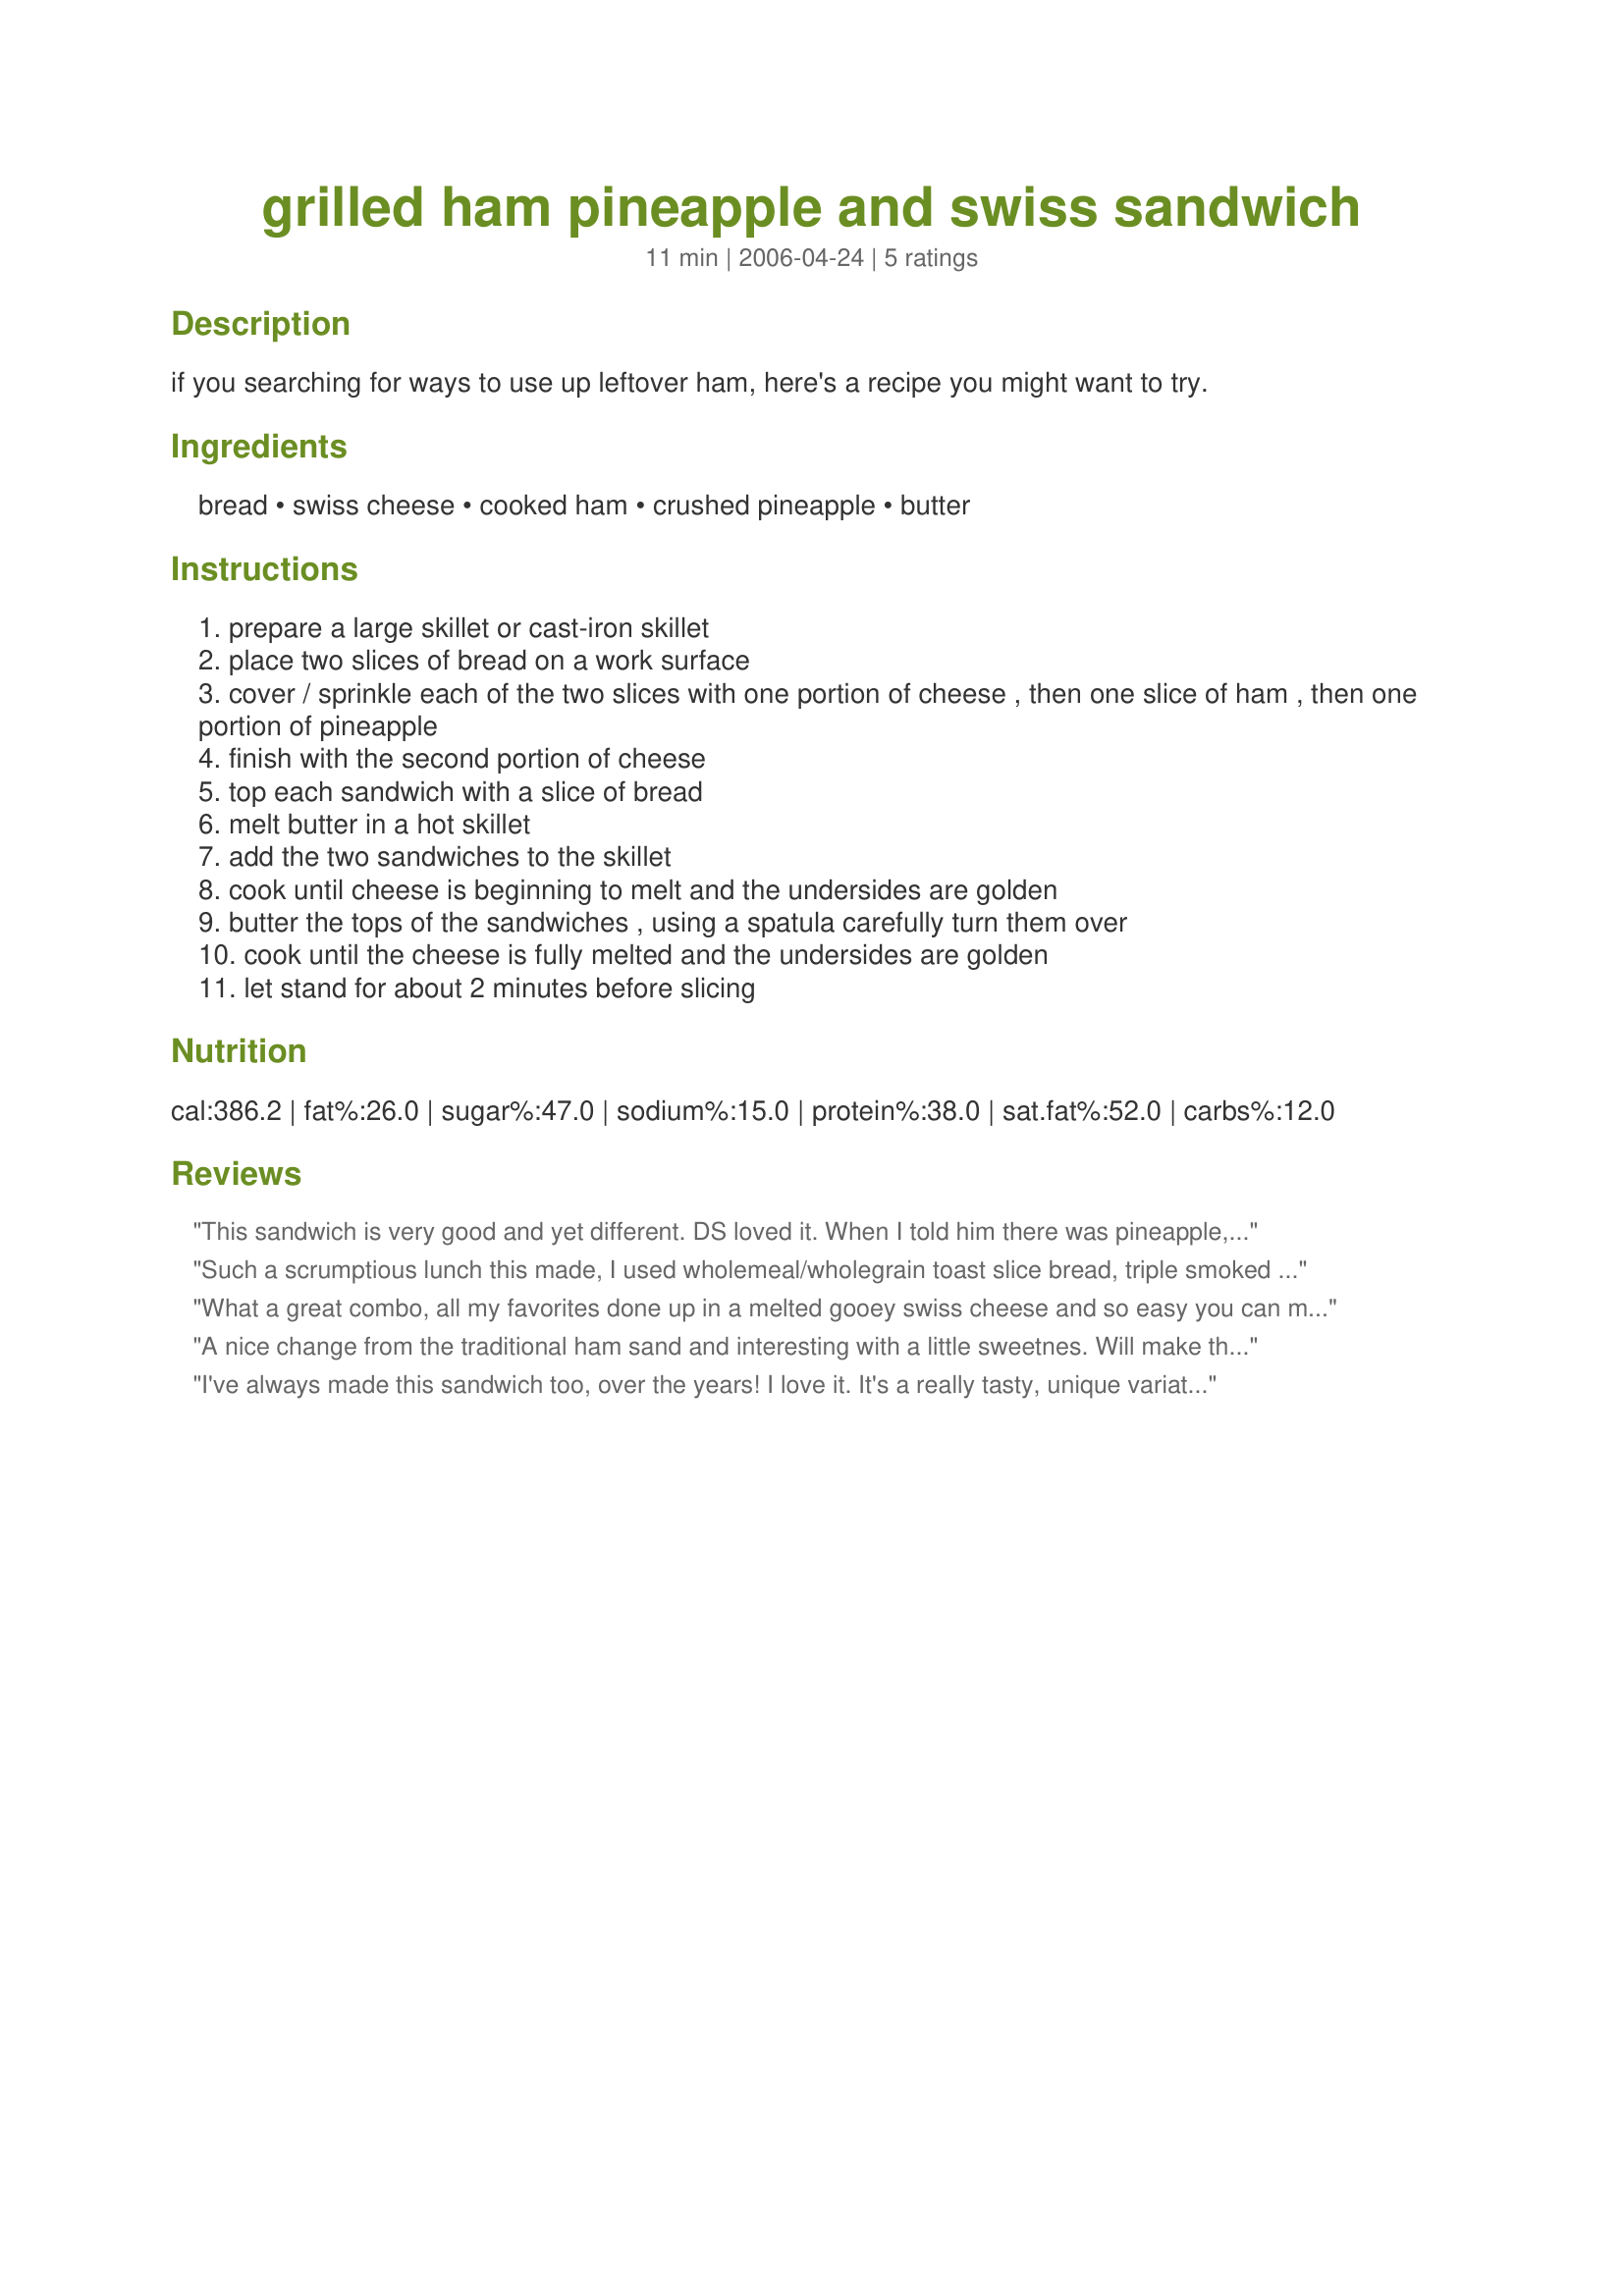
grilled ham pineapple and swiss sandwich
Preparation time: 11 minutes

if you searching for ways to use up leftover ham, here's a recipe you might want to try.

Ingredients:
bread, swiss cheese, cooked ham, crushed pineapple, butter

Steps:
prepare a large skillet or cast-iron skillet
place two slices of bread on a work surface
cover / sprinkle each of the two slices with one portion of cheese , then one slice of ham , then one portion of pineapple
finish with the second portion of cheese
top each sandwich with a slice of bread
melt butter in a hot skillet
add the two sandwiches to the skillet
cook until cheese is beginning to melt and the undersides are golden
butter the tops of the sandwiches , using a spatula carefully turn them over
cook until the cheese is fully melted and the undersides are golden
let stand for about 2 minutes before slicing

Reviews:
This sandwich is very good and yet different. DS loved it. When I told him there was pineapple, he wanted one. I grilled it in my panini pan. Be sure to drain the pineapples cause my bread was a little bit wet. My fault, I didn't do layers of cheese in the bottom and on top. Thanks Kit. Made for 123 hit wonders
Such a scrumptious lunch this made, I used wholemeal/wholegrain toast slice bread, triple smoked ham, this slices of Swiss cheese and fresh pineapple and made in the sandwich press and thoroughly enjoyed the crunch of the toasted bread, the smokiness of the ham, the gooey cheese and sweet tangy pineaple. Thank you Kittencalskitchen, made for I Recommend tag game and recommended by Boomette.
What a great combo, all my favorites done up in a melted gooey swiss cheese and so easy you can make it up on a minutes notice. Flavors of Hawaiin Pizza but better. I cut it down to serve one and enjoyed it for lunch today - Think I'll like it even more using a panini press to press all together. This is going to be enjoyed often.
A nice change from the traditional ham sand and interesting with a little sweetnes. Will make this one again, thanks Kittencal. :^)
I've always made this sandwich too, over the years! I love it. It's a really tasty, unique variation on the grilled cheese sandwich. It's so special you can serve it as party food.
